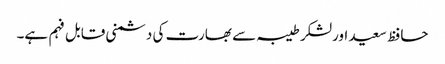
حافظ سعید اورلشکر طیبہ سے بھارت کی دشمنی قابل فہم ہے۔